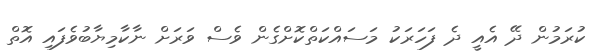
ކުރަމުން ދޭ އެއީ ދެ ފަހަރަކު މަސައްކަތްކޮށްގެން ވެސް ވަރަށް ނާކާމިޔާބުވެފައި އޮތް